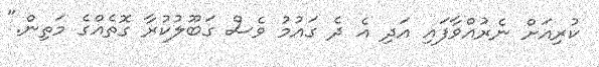
ކުރިއަށް ނެރުއްވާފައި އަދި އެ ދެ ގައުމު ވެސް ގަބޫލުކުރާ ގޮތެއްގެ މަތިން."